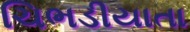
ચિભડીયાતા